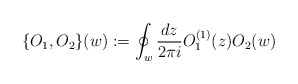
\begin{align*}\{ O_1, O_2 \} (w) := \oint_w \frac{dz}{2 \pi i} O_1^{(1)} (z) O_2(w)\end{align*}